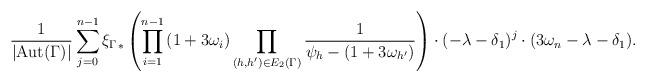
LaTeX: \begin{align*}\frac{1}{|{\rm Aut}(\Gamma)|} \sum_{j=0}^{n-1}{\xi_{\Gamma}}_*\left(\prod_{i=1}^{n-1} \left(1+3\omega_i\right) \prod_{(h,h')\in E_2(\Gamma)} \frac{1}{\psi_h-(1+3\omega_{h'})} \right)\cdot (-\lambda - \delta_1)^{j} \cdot (3\omega_n -\lambda - \delta_1).\end{align*}